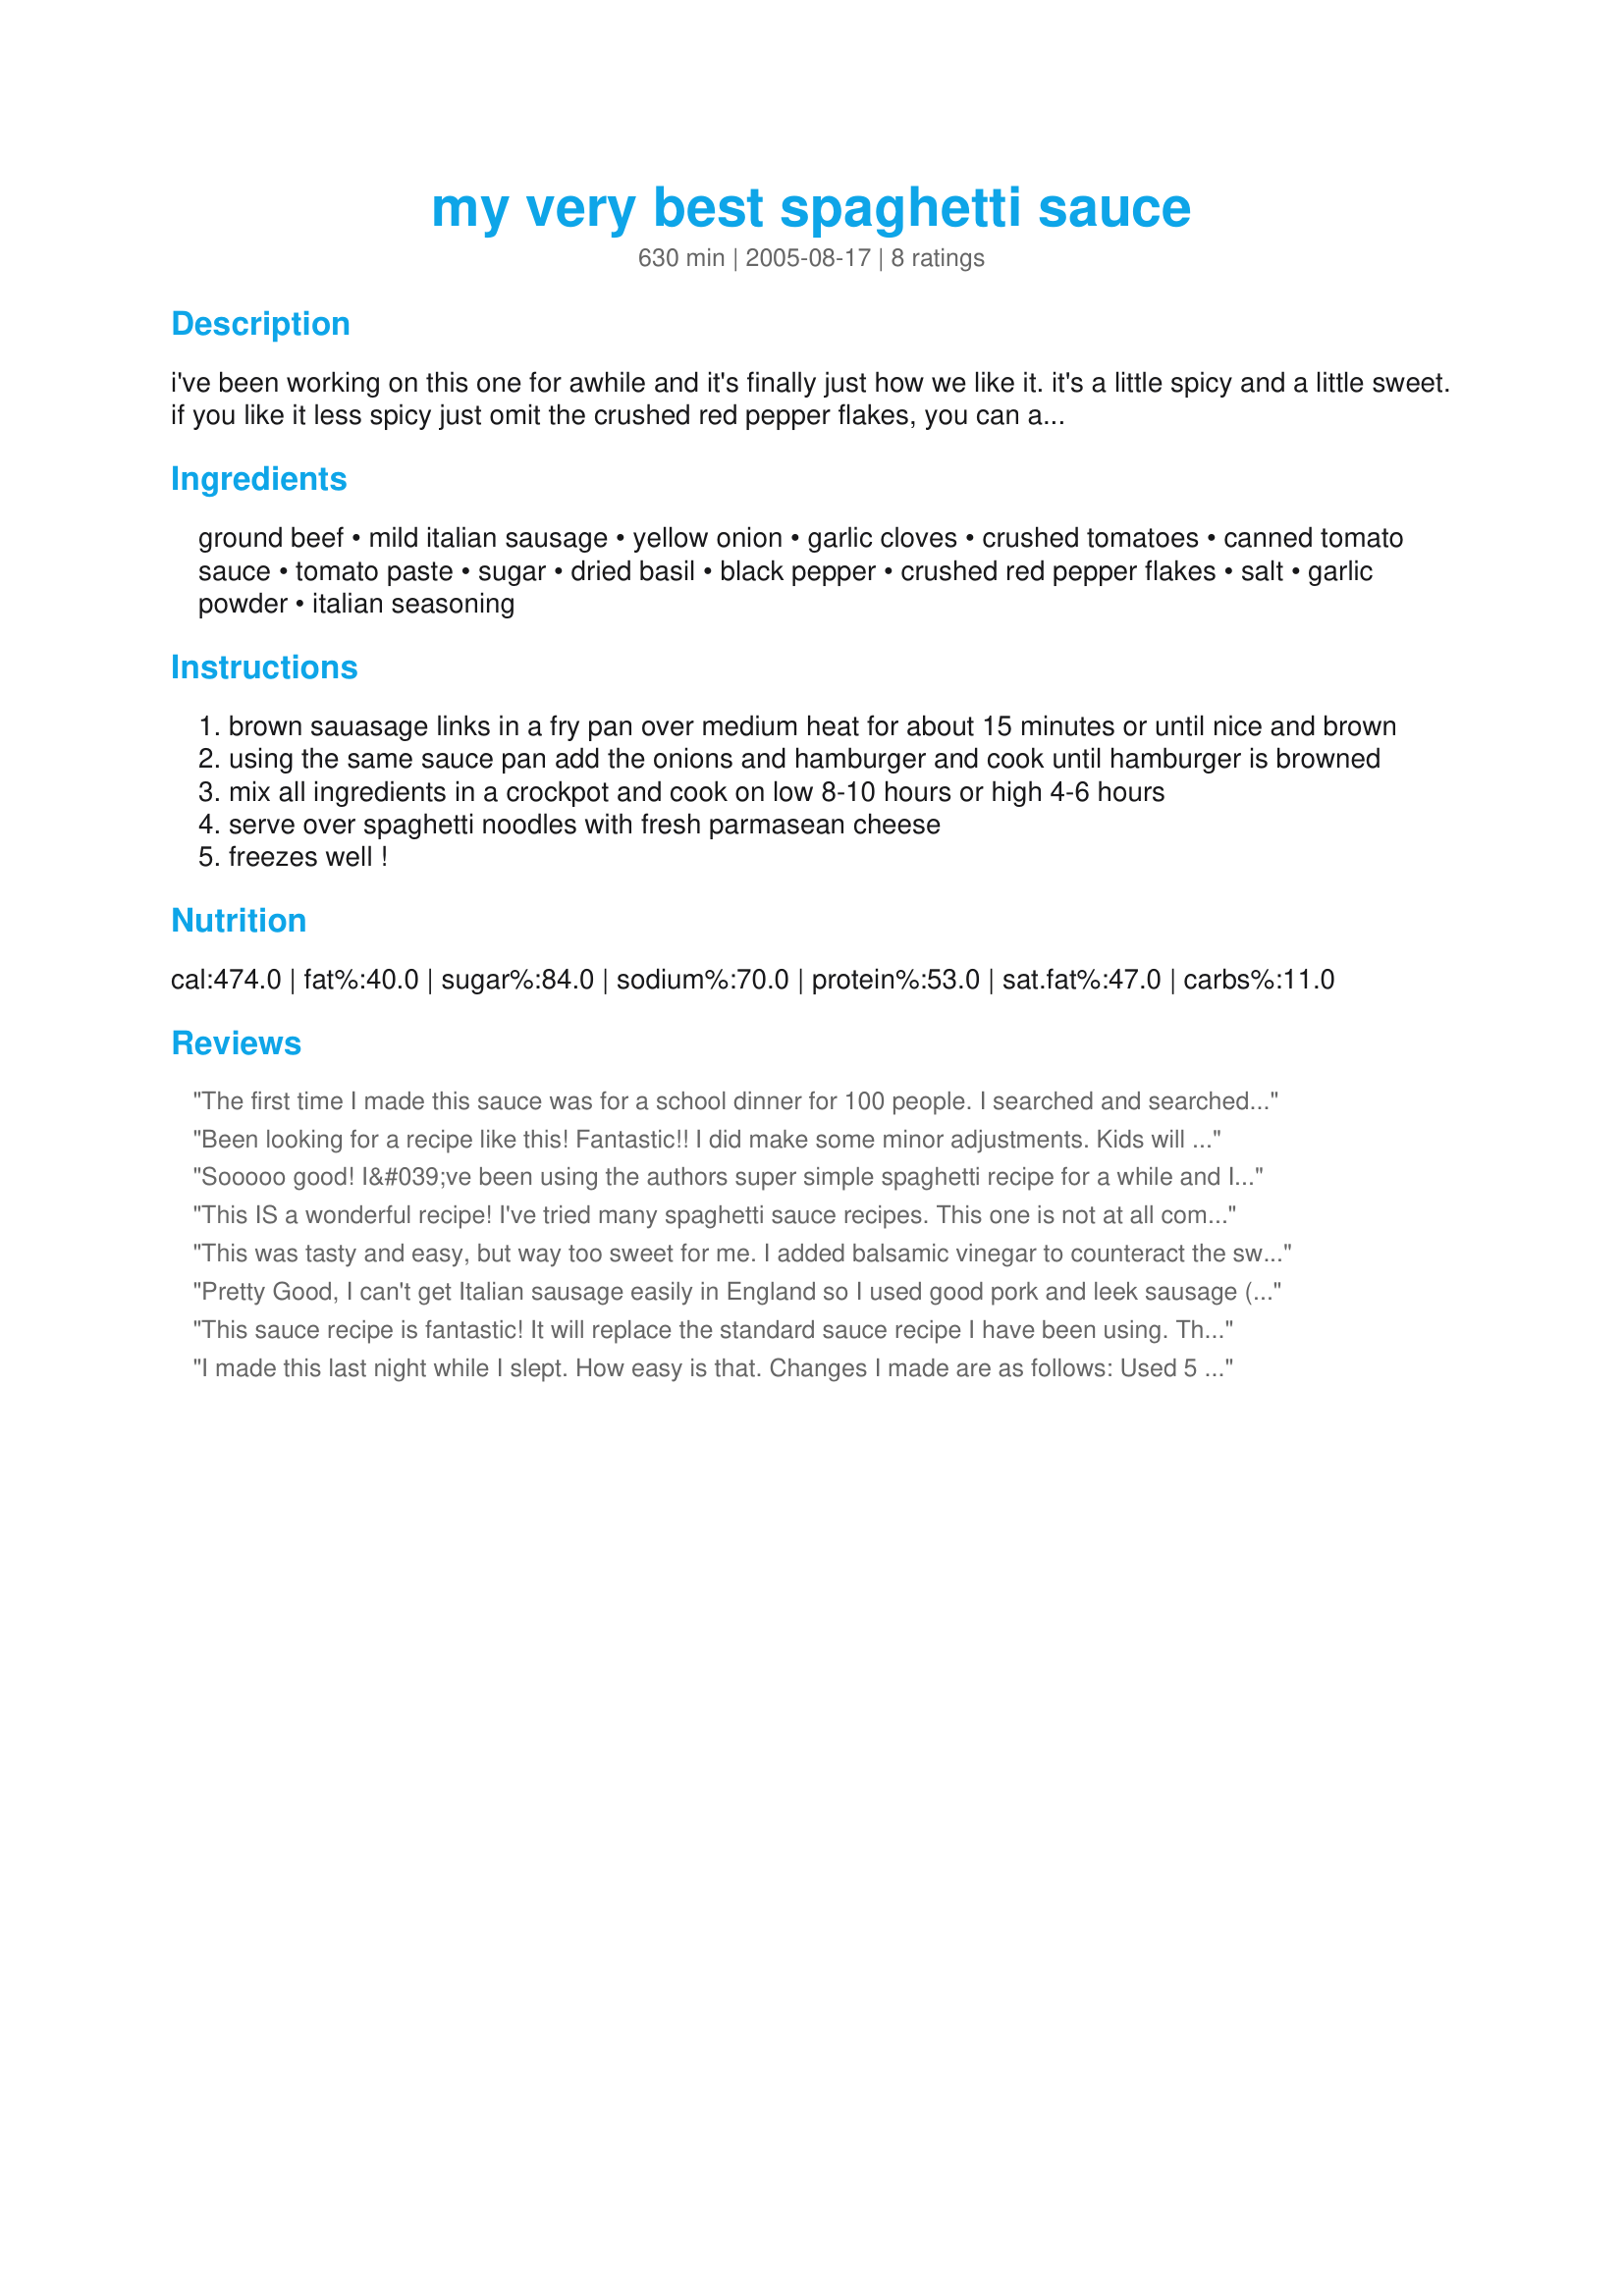
my very best spaghetti sauce
Preparation time: 630 minutes

i've been working on this one for awhile and it's finally just how we like it. it's a little spicy and a little sweet. if you like it less spicy just omit the crushed red pepper flakes, you can always add some in later if you want to spice it up a bit. cook time is maximum amount on low in the crockpot.

Ingredients:
ground beef, mild italian sausage, yellow onion, garlic cloves, crushed tomatoes, canned tomato sauce, tomato paste, sugar, dried basil, black pepper, crushed red pepper flakes, salt, garlic powder, italian seasoning

Steps:
brown sauasage links in a fry pan over medium heat for about 15 minutes or until nice and brown
using the same sauce pan add the onions and hamburger and cook until hamburger is browned
mix all ingredients in a crockpot and cook on low 8-10 hours or high 4-6 hours
serve over spaghetti noodles with fresh parmasean cheese
freezes well !

Reviews:
The first time I made this sauce was for a school dinner for 100 people. I searched and searched, read review after review and picked this recipe. It did not disappoint. I didn&#039;t use any meat in it and still got great compliments! Thanks for a wonderful recipe!!
Been looking for a recipe like this! Fantastic!! I did make some minor adjustments. Kids will love this one! Thanks HeidiSue!!
Sooooo good! I&#039;ve been using the authors super simple spaghetti recipe for a while and I finally decided to give this version a go! Wow it was the perfect combination of sweet and spicy. My fianc
This IS a wonderful recipe! I've tried many spaghetti sauce recipes. This one is not at all complicated, only takes a few minutes of chopping & browning, then all in the crockpot for a few hours ... couldn't be easier. My grocer packs his italian sausages in pound packets, so that's what went into my sauce ... 1 lb. each of both ground beef & italian sausage. I also added a chopped green pepper and a 10-oz. tin of sliced mushrooms when the chopped onion went into the skillet. In addition, I used 5 garlic cloves, rather than 2, but omitted the powdered garlic, as I hadn't any. The quantity of black & red pepper looked a bit scary to me, but I used the total quantity and it was not overpowering due to the addition of the sugar as well as the quantity of the sauce ... made a full "crock". Thanks! I'll definitely make this again in future.
This was tasty and easy, but way too sweet for me. I added balsamic vinegar to counteract the sweetness. I will make this again, but I'll decrease sugar to 1/4 cup. I might throw in some large chunks of carrots for sweetness and throw them away before serving the sauce.
Pretty Good, I can't get Italian sausage easily in England so I used good pork and leek sausage (6), added some fennel seed , 2 bay leafs and used 2 green chilis and 1 tsp crushed red peppers in stead of just 2 tsp crushed red peppers. Also used a bit more garlic and threw some fresh basil at the end - Very Nice...
This sauce recipe is fantastic! It will replace the standard sauce recipe I have been using. The hub and I had this recipe after a day of hiking and could not get enough. Just the right amount of sweet and spicy. I made a few modifications - a half pound of ground mild Italian sausage instead of links, 1/4 cup of sugar only and 1-2 tsp kosher salt. Thank you!
I made this last night while I slept. How easy is that. Changes I made are as follows: Used 5 links of mild Italian Sausage as that is how they are packaged in my market. I used fresh tomatoes for the crushed by heating them and mashing them with my potato masher. I will probably decrease the sugar to 1/3 cup as it is pretty sweet and I only used 1 teas. crushed red pepper flakes. It is yummo
